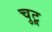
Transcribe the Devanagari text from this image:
चुटू